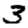
Digit: 3